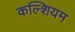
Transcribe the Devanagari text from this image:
कल्शियम